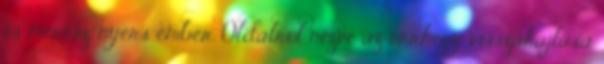
és merész, nyers ember. Oldalról nézve az orrhegy visszahajlása